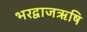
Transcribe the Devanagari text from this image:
भरद्वाजऋषि